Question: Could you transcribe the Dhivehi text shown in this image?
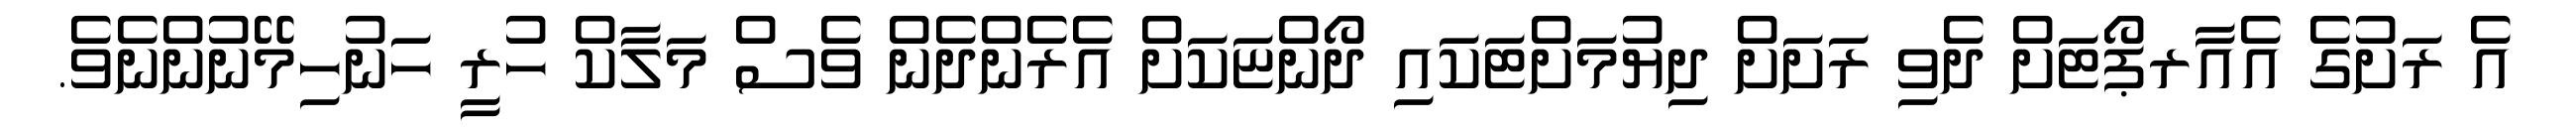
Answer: އެ ރަށުގެ އެއާރޕޯޓަށް ދެވި ރަށަށް ދިޔުމަށްޓަކައި ދޯންޏަކަށް އެރެންދެން ވެސް މަލާކް ހުރީ ހަނުހިމޭނުންނެވެ.